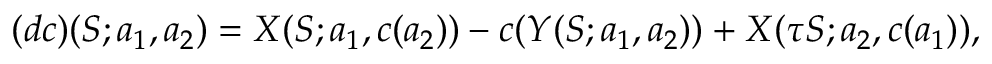
( d c ) ( S ; a _ { 1 } , a _ { 2 } ) = X ( S ; a _ { 1 } , c ( a _ { 2 } ) ) - c ( Y ( S ; a _ { 1 } , a _ { 2 } ) ) + X ( \tau S ; a _ { 2 } , c ( a _ { 1 } ) ) ,